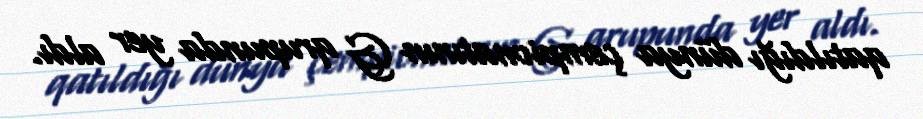
qatıldığı dünya çempionatının G qrupunda yer aldı.